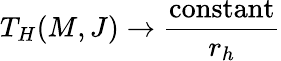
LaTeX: T_{H}(M,J)\rightarrow\frac{\mathrm{constant}}{r_{h}}